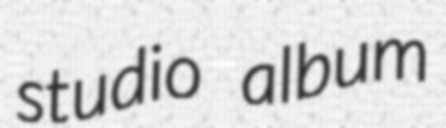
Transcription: studio album